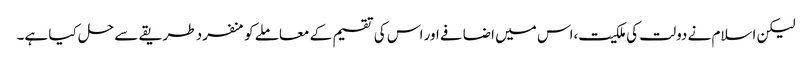
لیکن اسلام نے دولت کی ملکیت،اس میں اضافے اور اس کی تقسیم کے معاملے کو منفرد طریقے سے حل کیا ہے۔